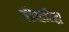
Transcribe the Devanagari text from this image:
ॲडव्हॉन्स